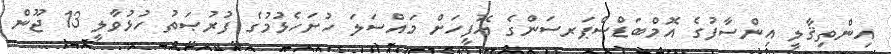
އިންތިޤާލީ އިންސާފުގެ އޮމްބަޑްސްޕަރސަންގެ އޮފީހަށް މައްސަލަ ހުށަހެޅުމުގެ ފުރުޞަތު ހުޅުވާލީ 13 ޖޫން